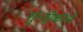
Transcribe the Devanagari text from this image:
गुन्दीकलाँ